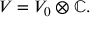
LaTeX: V = V _ { 0 } \otimes \mathbb { C } .